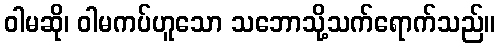
ဝါမဆို၊ ဝါမကပ်ဟူသော သဘောသို့သက်ရောက်သည်။